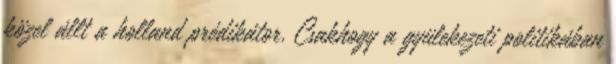
közel állt a holland prédikátor. Csakhogy a gyülekezeti politikában